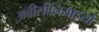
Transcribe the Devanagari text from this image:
अबीसीनियाइयों